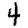
Digit: 4